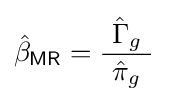
{\hat {\beta }}_{\mathsf {MR}}={\frac {\ {\hat {\Gamma }}_{g}\ }{\ {\hat {\pi }}_{g}\ }}~